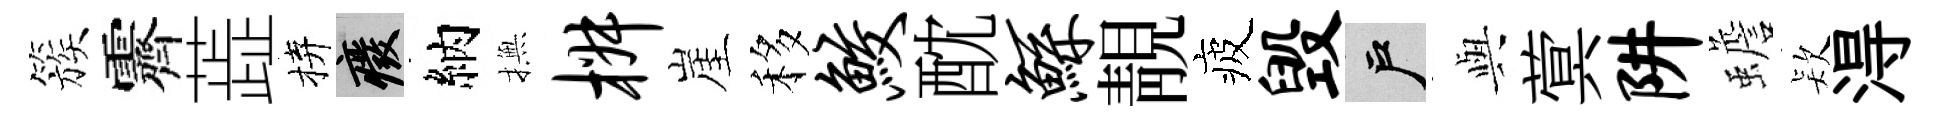
簇霽蕋拚廢納撫椒崖移鲛酖鲧靚疲毁户𫤰蓂阱蟾𣣇淂